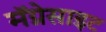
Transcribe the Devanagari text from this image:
मॅग्नेसाइट